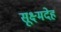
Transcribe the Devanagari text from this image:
सूक्ष्मदेह